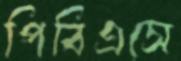
পিবিএসে